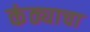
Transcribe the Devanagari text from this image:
कंठ्याचा